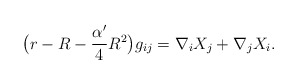
\begin{align*}\big(r-R-\frac{\alpha'}{4}R^2\big)g_{ij}=\nabla_iX_j+\nabla_jX_i.\end{align*}